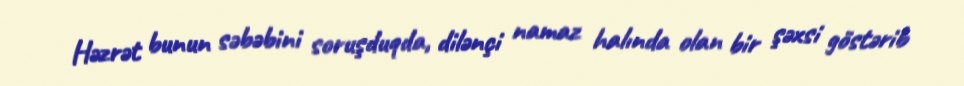
Həzrət bunun səbəbini soruşduqda, dilənçi namaz halında olan bir şəxsi göstərib